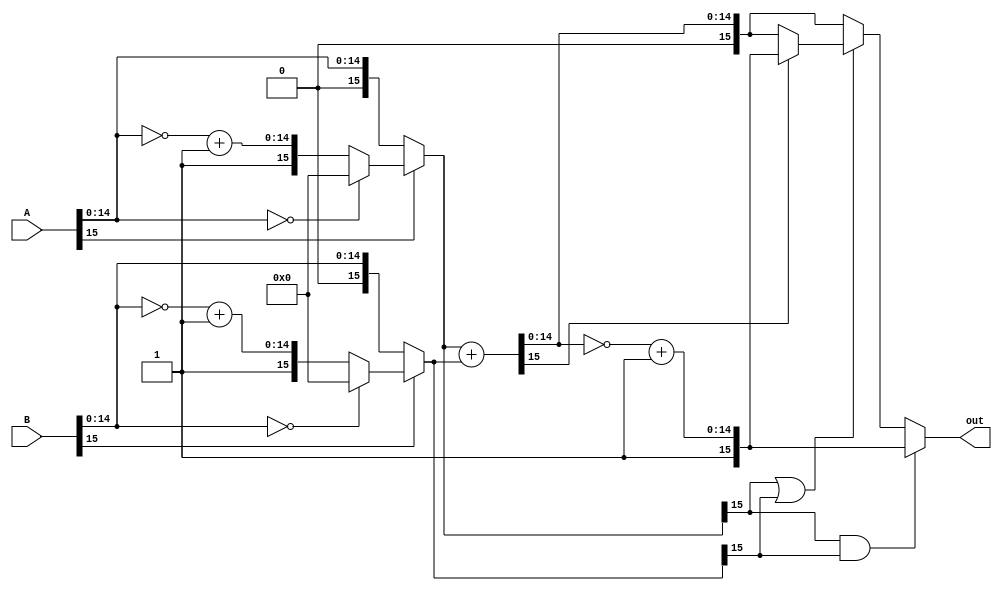
module add(
    input  [15:0] A,
    input  [15:0] B,
    output  [15:0] out
);
    wire [15:0] x,y,sum;

    assign x=(A[15]==1)?(((A[14:0])==15'b0)?{16'b00000000}:{1'b1,~A[14:0]+1'b1}):({A[15:0]});
    assign y=(B[15]==1)?(((B[14:0])==15'b0)?{16'b00000000}:{1'b1,~B[14:0]+1'b1}):({B[15:0]});//1000000000000000

    assign sum = x + y;

    assign out = (x[15] & y[15])?  {1'b1,~sum[14:0]+1'b1}: //
                    ( (x[15] || y[15])?(sum[15]?{1'b1,~sum[14:0]+1'b1}:{1'b0,sum[14:0]}): // 
						{1'b0,sum[14:0]} );	//   	

endmodule